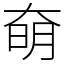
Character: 奛